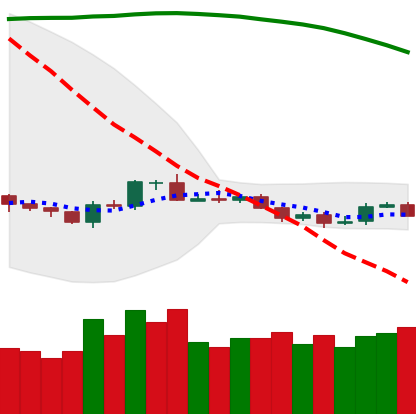
Ticker: BTC-USD
Chart end date: 2019-10-22
Forward return: 18.241%
Label: up_7plus